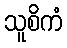
သူစိကံ